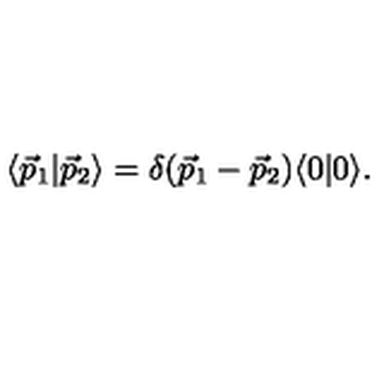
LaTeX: \langle { \vec { p } } _ { 1 } | { \vec { p } } _ { 2 } \rangle = \delta ( { \vec { p } } _ { 1 } - { \vec { p } } _ { 2 } ) \langle 0 | 0 \rangle .